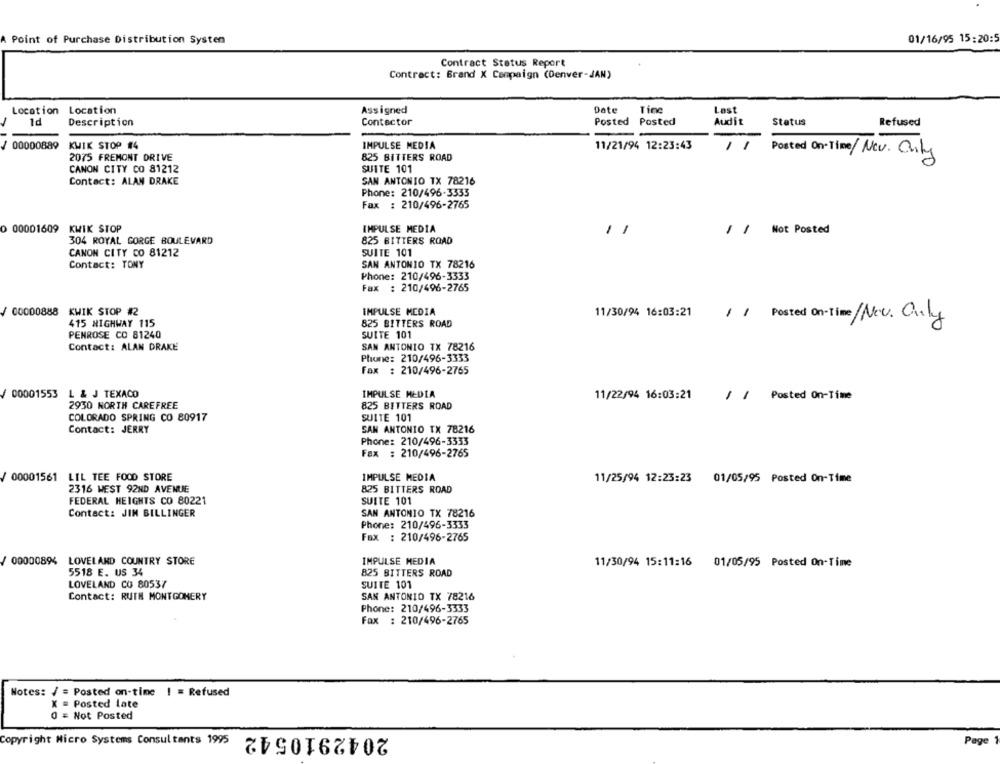
01/16/95 15:20:5
Point of Purchase Distribution System
Contract Status Report
Contract: Brand X Campaign (Denver-JAN)
Location Location
Assigned
Date
Tinc
Løst
1d
Description
Contactor
Posted Posted
Audit
Status
Refused
00000889
KWIK STOP #4
IMPULSE MEDIA
11/21/94 12:23:43
11
2075 FREMONT DRIVE
825 BITTERS ROAD
Posted On-Time/Nov. Only
CANON CITY CO 81212
SUITE 101
Contact: ALAN DRAKE
SAN ANTONIO TX 78216
Phone: 210/496-3333
Fax : 210/496-2765
O 00001609 KWIK STOP
IMPULSE MEDIA
/ / Not Posted
11
304 ROYAL GORGE BOULEVARD
825 BITTERS ROAD
CANON CITY CO 81212
SUITE 101
Contact: TONY
SAN ANTONIO TX 78216
Phone: 210/496-3333
Fax : 210/496-2765
00000888 KWIK STOP #2
IMPULSE MEDIA
11/30/94 16:03:21
11 Posted On-Time/Nov. Only
415 HIGHWAY 115
825 BITTERS ROAD
PENROSE CO 81240
SUITE 101
Contact: ALAN DRAKE
SAN ANTONIO TX 78216
Phone: 210/496-3333
Fax : 210/496-2765
00001553
L & J TEXACO
IMPULSE MEDIA
11/22/94 16:03:21
11
Posted On-Time
2930 NORTH CAREFREE
825 BITTERS ROAD
COLORADO SPRING CO 80917
SUITE 101
SAN ANTONIO TX 78216
Contact: JERRY
Phone: 210/496-3333
Fax : 210/496-2765
00001561
LIL TEE FOOD STORE
IMPULSE MEDIA
11/25/94 12:23:23 01/05/95 Posted On-Time
2316 WEST 92ND AVENUE
825 BITTERS ROAD
FEDERAL HEIGHTS CO 80221
SUITE 101
Contact: JIM BILLINGER
SAN ANTONIO TX 78216
Phone: 210/496-3333
Fax : 210/496-2765
00000894
LOVELAND COUNTRY STORE
IMPULSE MEDIA
11/30/94 15:11:16
01/05/95 Posted On-Time
5518 E. US 34
825 BITTERS ROAD
LOVELAND CO 80537
SUITE 101
Contact: RUTH MONTGOMERY
SAN ANTONIO TX 78216
Phone: 210/496-3333
Fax : 210/496-2765
Notes: / = Posted on-time ! = Refused
X = Posted late
0 = Not Posted
2042910542
Copyright Micro Systems Consultants 1995
Page